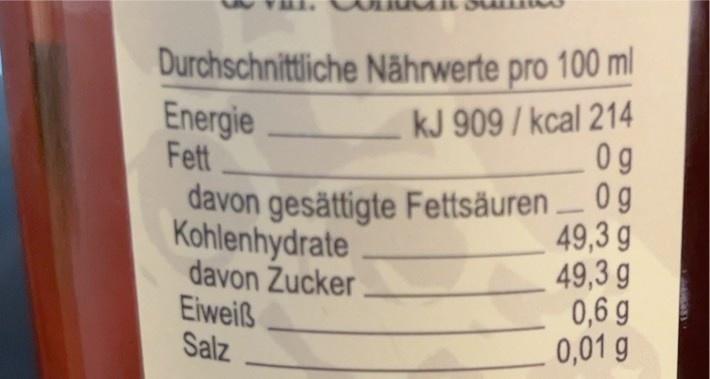
Durchschnittliche Nährwerte pro 100 ml
kJ 909 / kcal 214 0g
davon gesättigte Fettsäuren _ 0g Kohlenhydrate davon Zucker
49,3 g
Eiweiß Salz
Energie
Fett
49,3 g
0,6 g
0,01 g